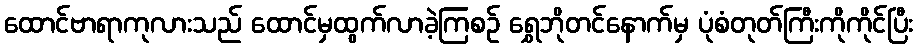
ထောင်ဗာရာကုလားသည် ထောင်မှထွက်လာခဲ့ကြစဉ် ရွှေဘိုတင်နောက်မှ ပုံစံတုတ်ကြီးကိုကိုင်ပြီး